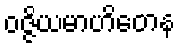
ဝဇ္ဇိယမာဟိတေန